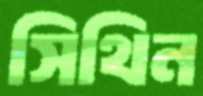
সিথিন